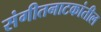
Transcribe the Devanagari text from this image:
संगीतनाटकांतील